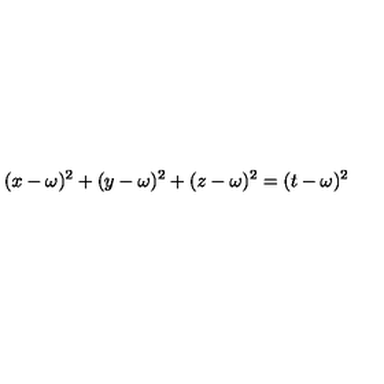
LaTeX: ( x - \omega ) ^ { 2 } + ( y - \omega ) ^ { 2 } + ( z - \omega ) ^ { 2 } = ( t - \omega ) ^ { 2 }